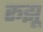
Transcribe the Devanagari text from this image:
रूझू